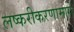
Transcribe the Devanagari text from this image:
लष्करीकरणामागे